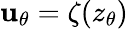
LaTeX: \mathbf{u}_{\theta}=\zeta(z_{\theta})